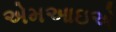
એમઆઇએ